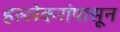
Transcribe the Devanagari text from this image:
हल्लेकरांपासून